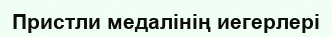
Пристли медалінің иегерлері